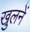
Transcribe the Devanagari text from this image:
खुलनें